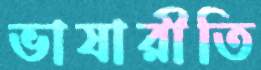
ভাষারীতি